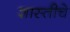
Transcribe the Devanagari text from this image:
शास्तीचे